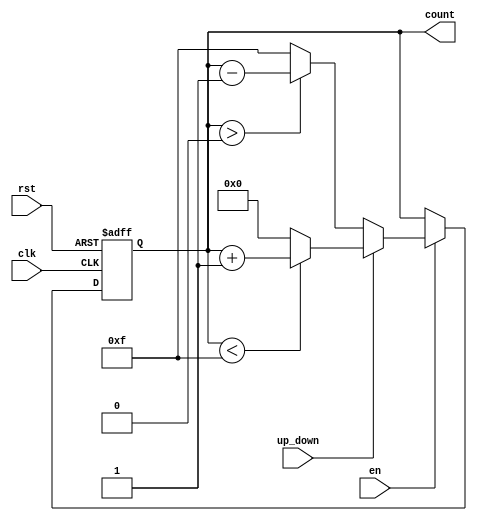
module UpDownCounter #(
    parameter N = 4 // Bit-width of the counter
)(
    input wire clk,          // Clock signal
    input wire rst,          // Asynchronous reset signal
    input wire en,           // Enable signal
    input wire up_down,      // Up/Down control signal
    output reg [N-1:0] count // Counter output
);

// Asynchronous reset and counting logic
always @(posedge clk or posedge rst) begin
    if (rst) begin
        count <= 0; // Reset the counter to zero
    end else if (en) begin
        if (up_down) begin
            // Count up
            if (count < (1 << N) - 1) begin
                count <= count + 1; // Increment counter
            end else begin
                count <= 0; // Wrap around
            end
        end else begin
            // Count down
            if (count > 0) begin
                count <= count - 1; // Decrement counter
            end else begin
                count <= (1 << N) - 1; // Wrap around
            end
        end
    end
end

endmodule